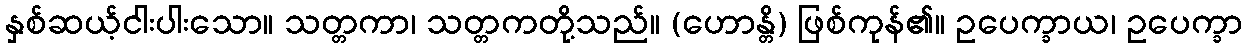
နှစ်ဆယ့်ငါးပါးသော။ သတ္တကာ၊ သတ္တကတို့သည်။ (ဟောန္တိ) ဖြစ်ကုန်၏။ ဥပေက္ခာယ၊ ဥပေက္ခာ